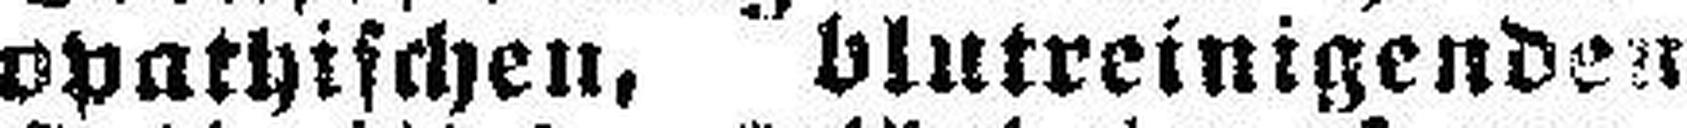
opathischen, blutreinigenden